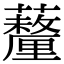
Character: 𧄚